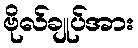
ဗိုလ်ချုပ်အား